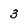
Character: 3